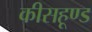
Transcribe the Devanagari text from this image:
कीसहूण्ड